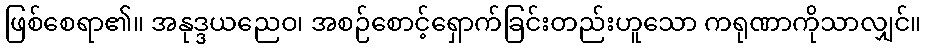
ဖြစ်စေရာ၏။ အနုဒ္ဒယညေဝ၊ အစဉ်စောင့်ရှောက်ခြင်းတည်းဟူသော ကရုဏာကိုသာလျှင်။